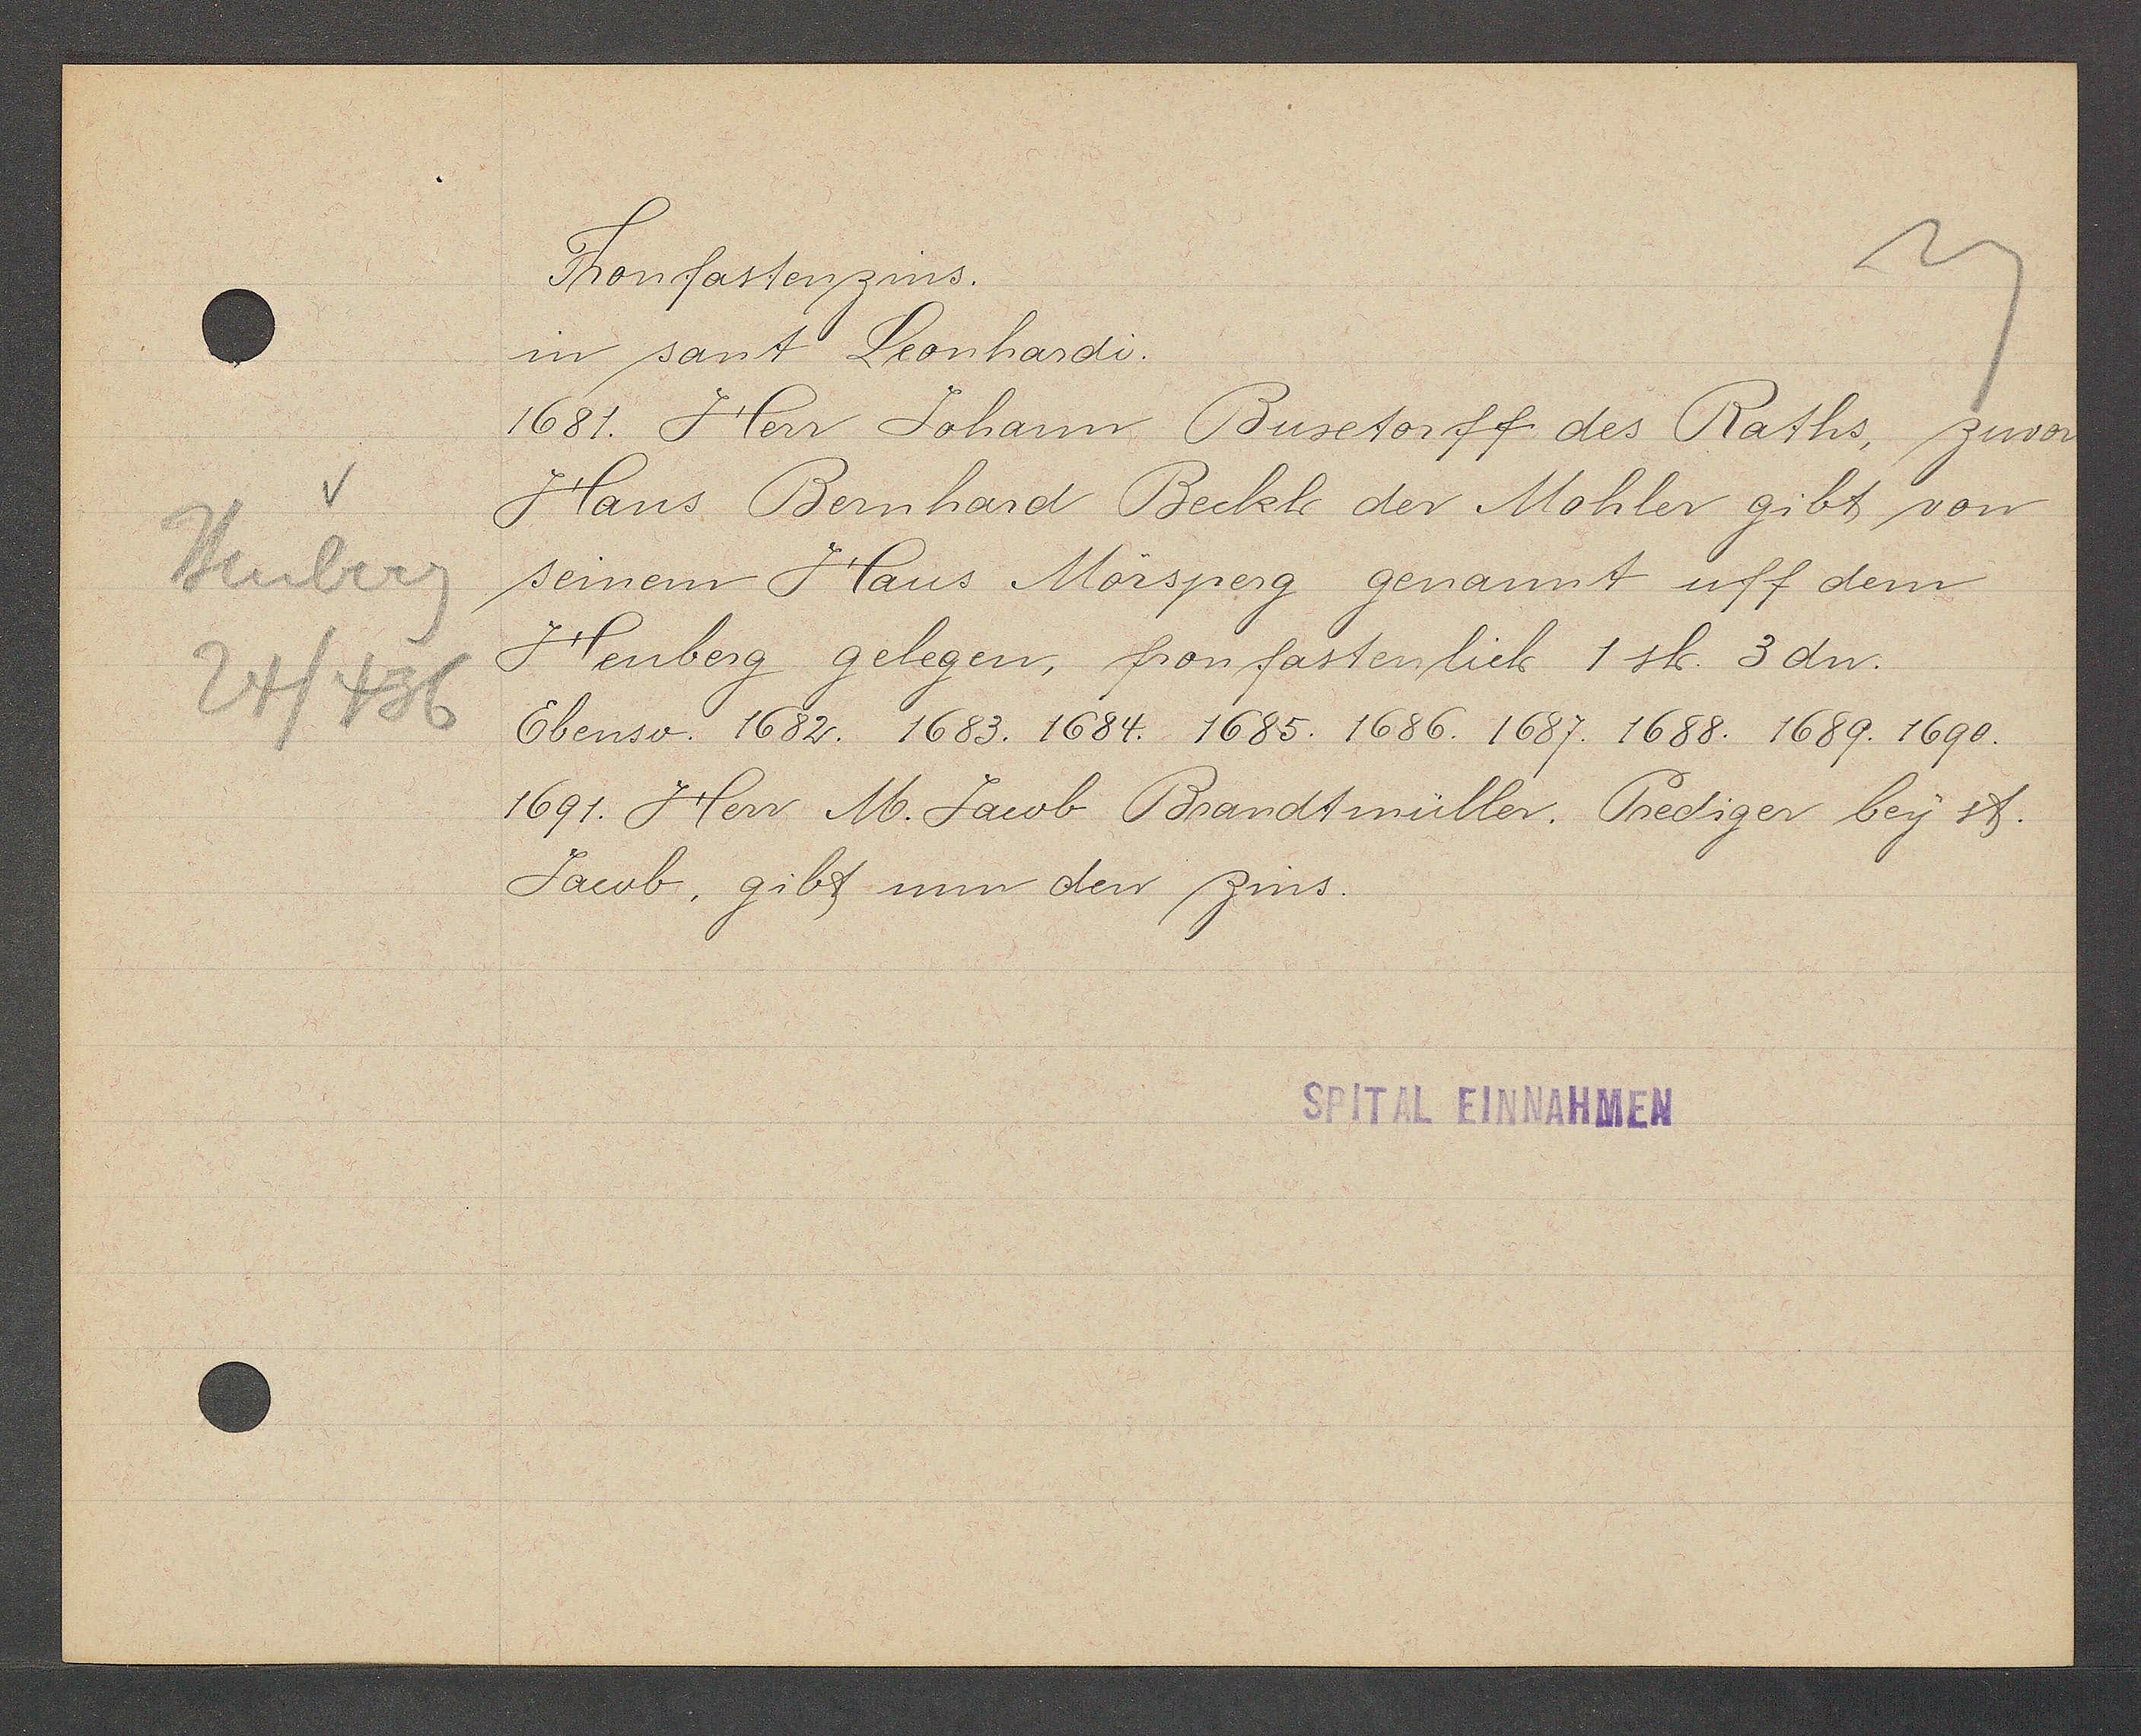
Transcript:
Heuberg
24/436

Fronfastenzins.

in sant Leonhardi.
1681. Herr Johann Busetorff des Raths, zuvon
Hans Bernhard Beckh der Mohler gibt von
seinem Haus Mörsperg genannt uff dem
Heuberg gelegen, fronfastenlich 1 sh. 3 dn.
Ebenso. 1682. 1683. 1684. 1685. 1686. 1687. 1688. 1689. 1690.
1691. Herr M. Jacob Brandtmüller. Prediger bey st.
Jacob, gibt nun den zins.

SPITAL EINNAHMEN